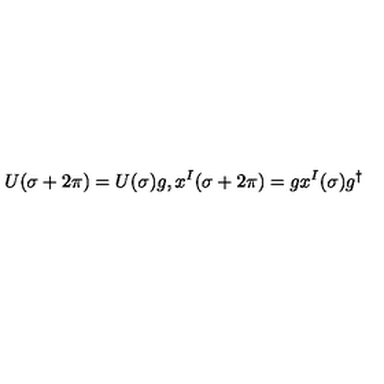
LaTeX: U ( \sigma + 2 \pi ) = U ( \sigma ) g , x ^ { I } ( \sigma + 2 \pi ) = g x ^ { I } ( \sigma ) g ^ { \dagger }